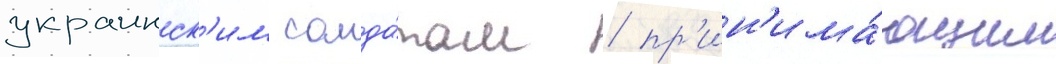
украинск'им солда́там / пр'ин'има́ющим